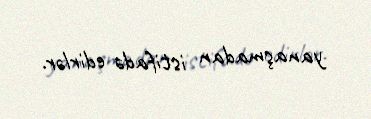
yanaşmadan istifadə edirlər.